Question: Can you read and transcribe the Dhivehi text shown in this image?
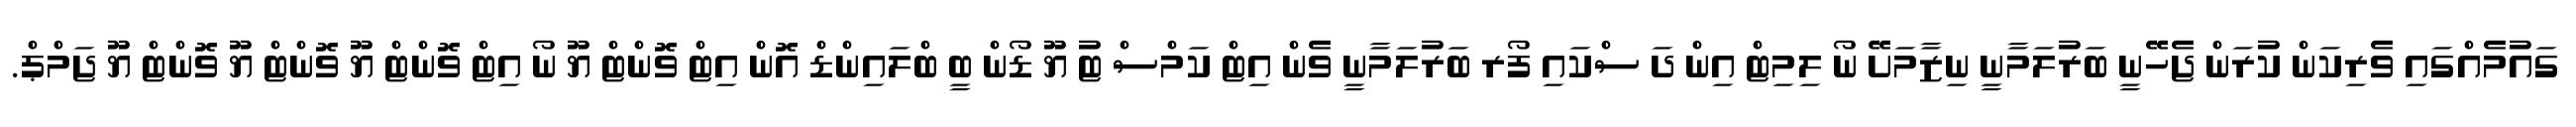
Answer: ގައުމެއްގައި ވެރިކަން ކުރަން ޖެހޭނީ ބަރުލަމާނީ ނިޒާމަށޭ ނޯ ލިމިޓް އިން ދަ ސްކައި ފޯރ ބަރުލަމާނީ ވެން އިޓް ކަމްސް ޓު ޔޫ ޑޯން ބީ ބްލައިންޑް އޮން އިޓް ވޮންޓް ޔޫ ނޯ އިޓް ވޮންޓް ޔޫ ވޮންޓް ޔޫ ވޮންޓް ޔޫ ޖަމްޕް.